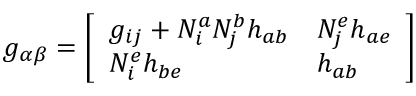
g _ { \alpha \beta } = \left[ \begin{array} { l l } { { g _ { i j } + N _ { i } ^ { a } N _ { j } ^ { b } h _ { a b } } } & { { N _ { j } ^ { e } h _ { a e } } } \\ { { N _ { i } ^ { e } h _ { b e } } } & { { h _ { a b } } } \end{array} \right]